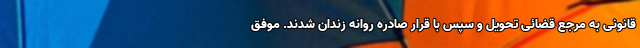
قانونی به مرجع قضائی تحویل و سپس با قرار صادره روانه زندان شدند. موفق